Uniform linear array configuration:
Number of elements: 8
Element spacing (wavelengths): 0.75
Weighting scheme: hann
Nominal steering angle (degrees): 45
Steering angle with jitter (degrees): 46.783
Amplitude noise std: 0.05
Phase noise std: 0.05

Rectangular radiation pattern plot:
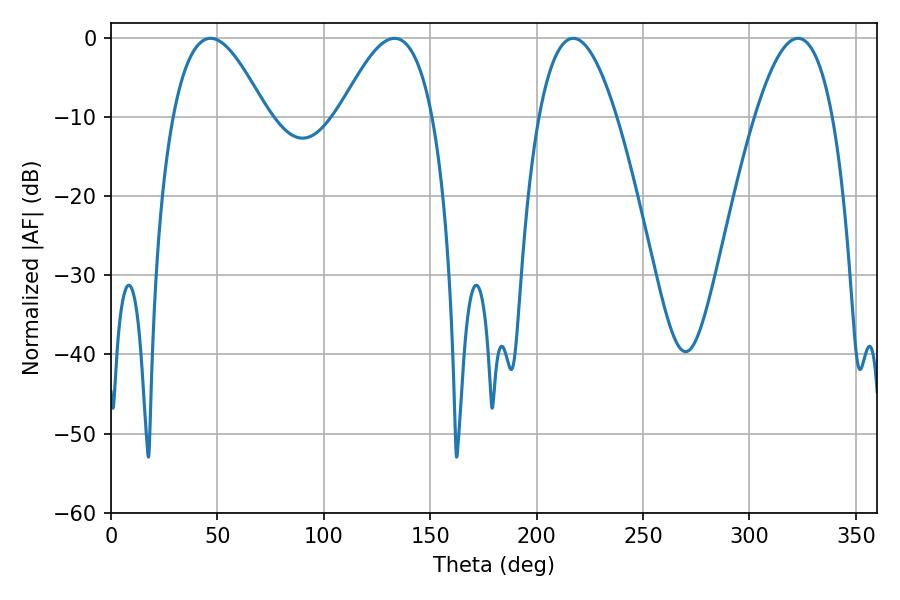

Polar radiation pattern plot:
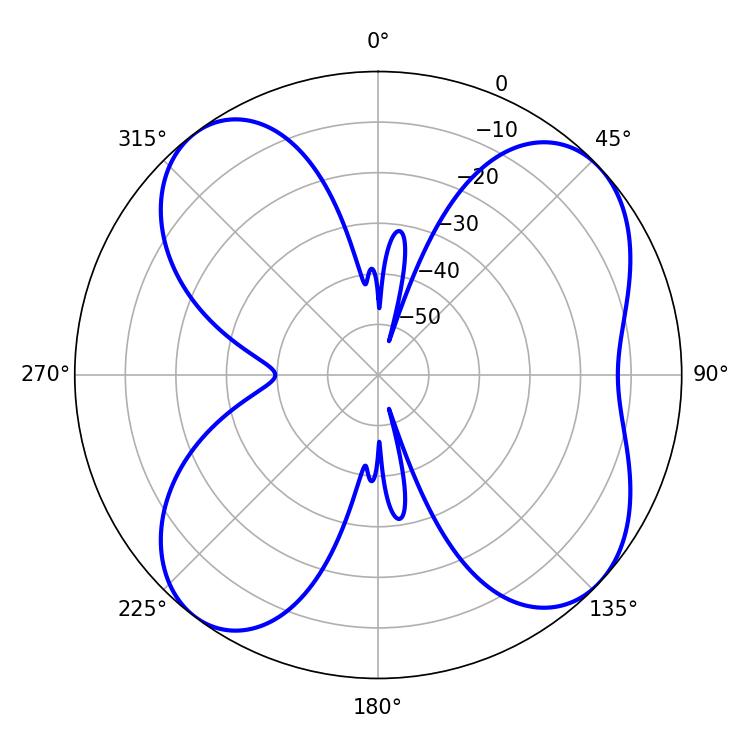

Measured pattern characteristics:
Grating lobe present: TRUE
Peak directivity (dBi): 9.213
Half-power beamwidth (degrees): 23.76
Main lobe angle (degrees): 46.8